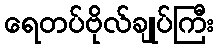
ရေတပ်ဗိုလ်ချုပ်ကြီး